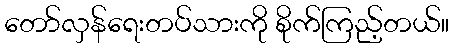
တော်လှန်ရေးတပ်သားကို စိုက်ကြည့်တယ်။